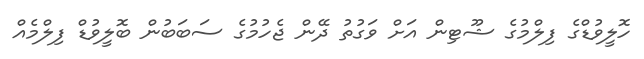
ހޮލީވުޑްގެ ފިލްމުގެ ޝޫޓިން އަށް ވަގުތު ދޭން ޖެހުމުގެ ސަބަބުން ބޮލީވުޑް ފިލްމެއް